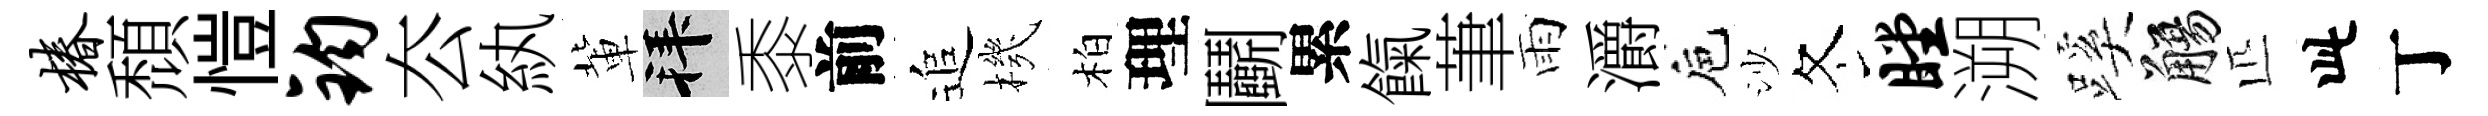
椿頹愷钧厺紈軰拜黍前追機柏理鬬累餼茟雨灂巵沙冬瞠溯蹊觴匹此丁